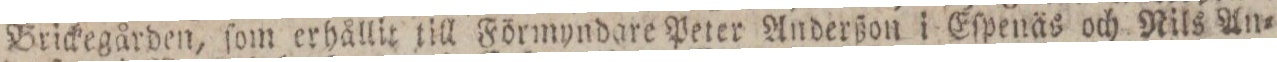
Brickegården, ſom erhållit till Förmyndare Peter Anderßon i Eſpenäs och Nils An=